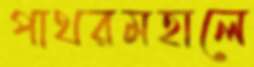
পাথরমহালে